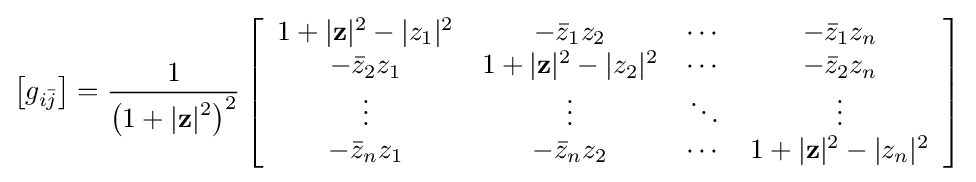
{\bigl [}g_{i{\bar {j}}}{\bigr ]}={\frac {1}{\left(1+|\mathbf {z} |{\vphantom {l}}^{2}\right)^{2}}}\left[{\begin{array}{cccc}1+|\mathbf {z} |^{2}-|z_{1}|^{2}&-{\bar {z}}_{1}z_{2}&\cdots &-{\bar {z}}_{1}z_{n}\\-{\bar {z}}_{2}z_{1}&1+|\mathbf {z} |^{2}-|z_{2}|^{2}&\cdots &-{\bar {z}}_{2}z_{n}\\\vdots &\vdots &\ddots &\vdots \\-{\bar {z}}_{n}z_{1}&-{\bar {z}}_{n}z_{2}&\cdots &1+|\mathbf {z} |^{2}-|z_{n}|^{2}\end{array}}\right]